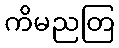
ကိမညတြ